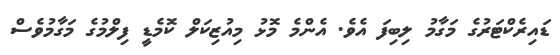
ޑައިރެކްޓަރުގެ މަގާމު ލިބިފަ އެވެ. އެންމެ މޮޅު މިއުޒިކަލް ކޮމެޑީ ފިލްމުގެ މަގާމުވެސް